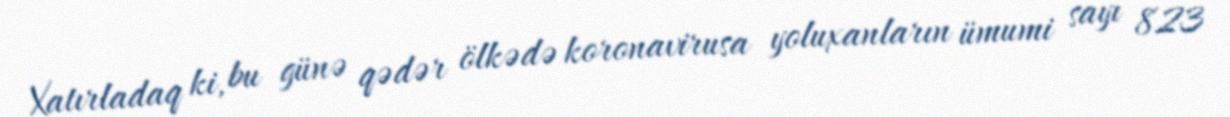
Xatırladaq ki, bu günə qədər ölkədə koronavirusa yoluxanların ümumi sayı 823